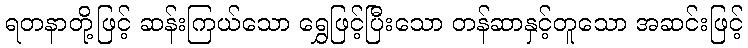
ရတနာတို့ဖြင့် ဆန်းကြယ်သော ရွှေဖြင့်ပြီးသော တန်ဆာနှင့်တူသော အဆင်းဖြင့်